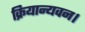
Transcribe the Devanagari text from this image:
क्रियान्यवन।